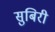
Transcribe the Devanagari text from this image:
सुबिरी